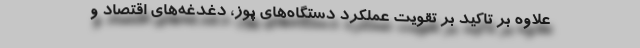
علاوه بر تاکید بر تقویت عملکرد دستگاه‌های پوز، دغدغه‌های اقتصاد و